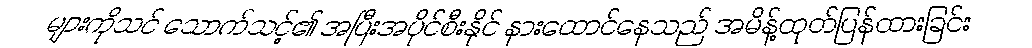
များကိုသင် သောက်သင့်၏ အပြီးအပိုင်စီးနိုင် နားထောင်နေသည် အမိန့်ထုတ်ပြန်ထားခြင်း